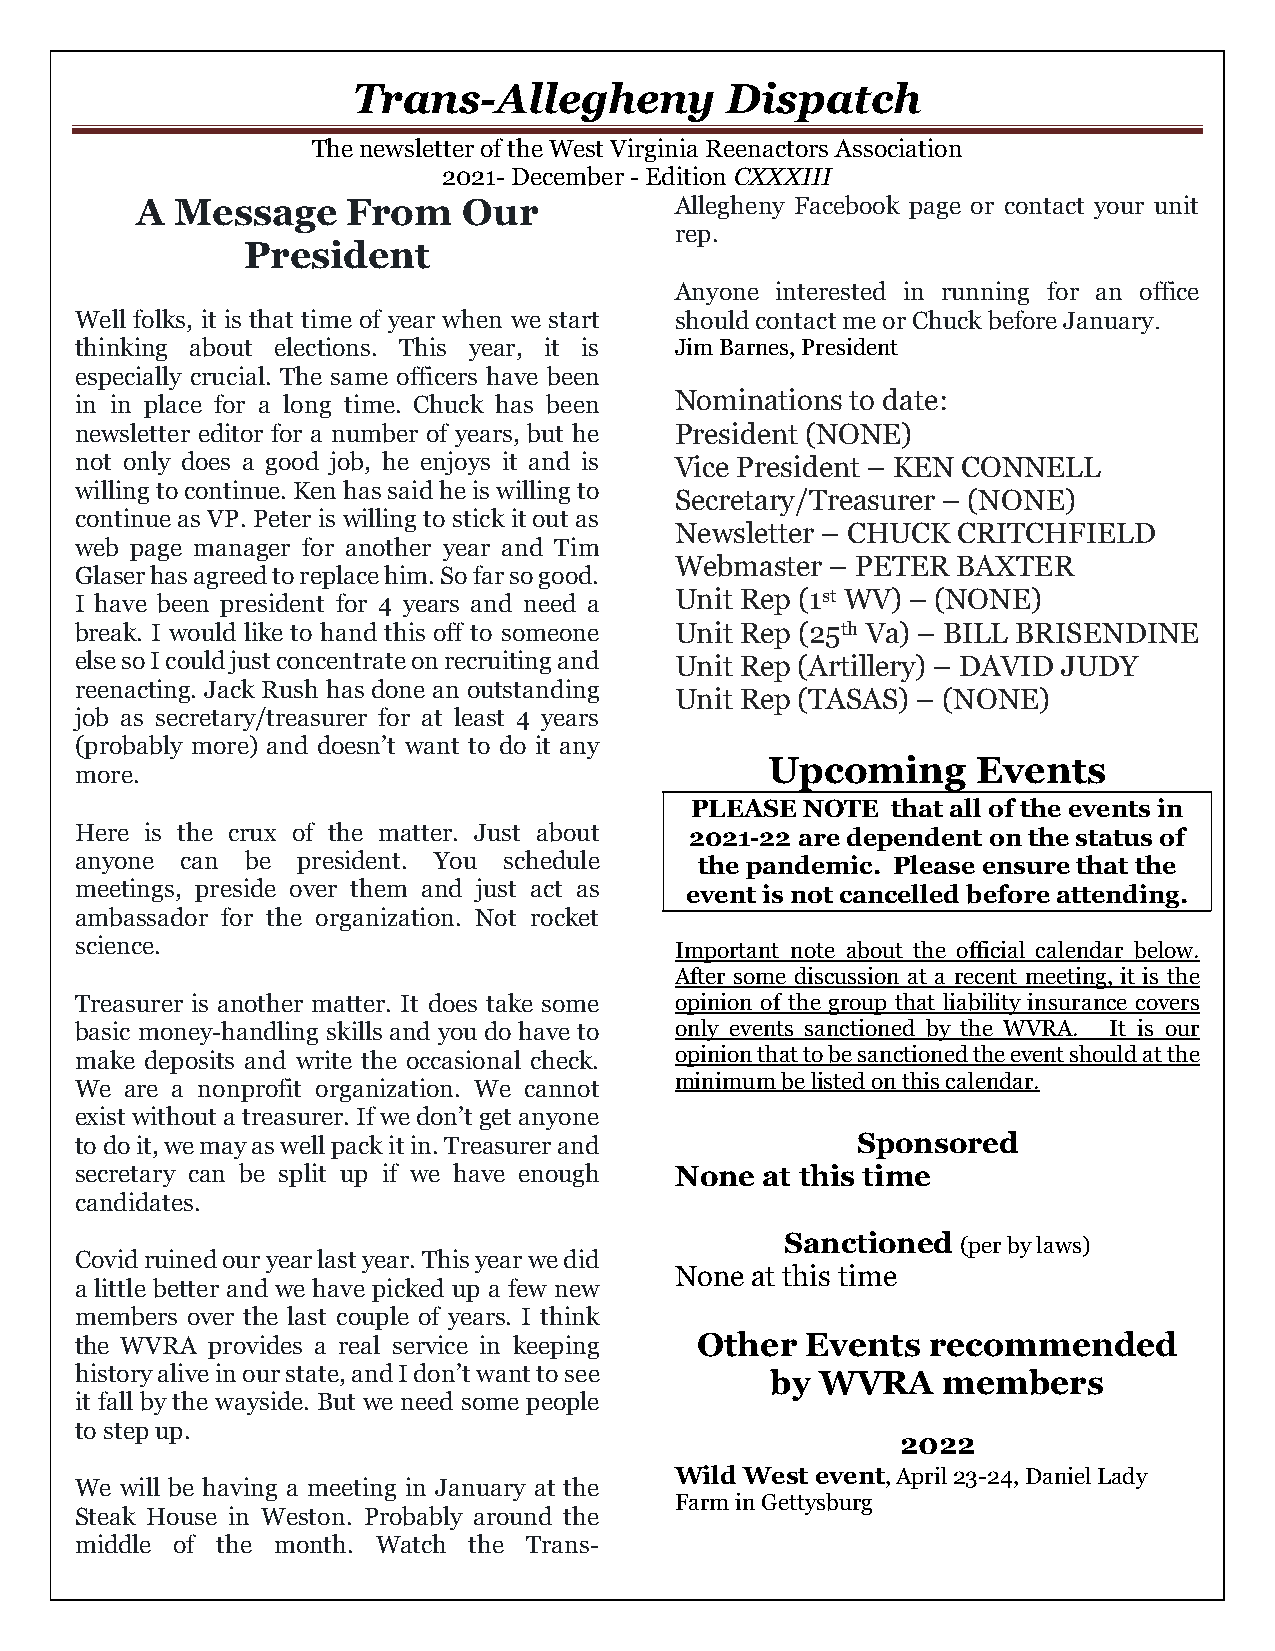
Trans-Allegheny          Dispatch
 The newsletter of the West Virginia Reenactors Association
 2021- December - Edition CXXXIII
 A  Message    From    Our           Allegheny Facebook page or contact your unit
 rep.
 President
 Anyone interested in running for an office
 Well folks, it is that time of year when we start should contact me or Chuck before January.
 thinking about elections. This year, it is Jim Barnes, President
 especially crucial. The same officers have been
 in in place for a long time. Chuck has been Nominations to date:
 newsletter editor for a number of years, but he President (NONE)
 not only does a good job, he enjoys it and is Vice President – KEN CONNELL
 willing to continue. Ken has said he is willing to
 Secretary/Treasurer – (NONE)
 continue as VP. Peter is willing to stick it out as
 Newsletter – CHUCK CRITCHFIELD
 web page manager for another year and Tim
 Webmaster – PETER BAXTER
 Glaser has agreed to replace him. So far so good.
 I have been president for 4 years and need a
 Unit Rep (1st WV) – (NONE)
 break. I would like to hand this off to someone Unit Rep (25th Va) – BILL BRISENDINE
 else so I could just concentrate on recruiting and Unit Rep (Artillery) – DAVID JUDY
 reenacting. Jack Rush has done an outstanding
 Unit Rep (TASAS) – (NONE)
 job as secretary/treasurer for at least 4 years
 (probably more) and doesn’t want to do it any
 Upcoming      Events
 more.
 PLEASE NOTE  that all of the events in
 Here is the crux of the matter. Just about 2021-22 are dependent on the status of
 anyone can be  president. You schedule   the pandemic. Please ensure that the
 meetings, preside over them and just act as event is not cancelled before attending.
 ambassador for the organization. Not rocket
 science.                                Important note about the official calendar below.
 After some discussion at a recent meeting, it is the
 Treasurer is another matter. It does take some opinion of the group that liability insurance covers
 basic money-handling skills and you do have to only events sanctioned by the WVRA. It is our
 make deposits and write the occasional check. opinion that to be sanctioned the event should at the
 minimum be listed on this calendar.
 We are a nonprofit organization. We cannot
 exist without a treasurer. If we don’t get anyone
 to do it, we may as well pack it in. Treasurer and  Sponsored
 secretary can be split up if we have enough None at this time
 candidates.
 Sanctioned  (per by laws)
 Covid ruined our year last year. This year we did
 None at this time
 a little better and we have picked up a few new
 members over the last couple of years. I think
 the WVRA provides a real service in keeping Other Events recommended
 history alive in our state, and I don’t want to see by WVRA members
 it fall by the wayside. But we need some people
 to step up.
 2022
 Wild West event, April 23-24, Daniel Lady
 We will be having a meeting in January at the
 Farm in Gettysburg
 Steak House in Weston. Probably around the
 middle of the month. Watch the Trans-